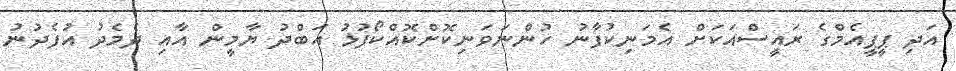
އަދި ޕީޕީއެމްގެ ރައީސްއަކަށް އެމަނިކުފާނު ހުންނަވަނިކޮށްކޮއްކޯފުޅު އަބްދު ޔާމީން އާއި ދެމެދު އުފެދުނު